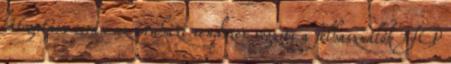
látogatása során az áruházi rendszer rögzíti a felhasználók IP